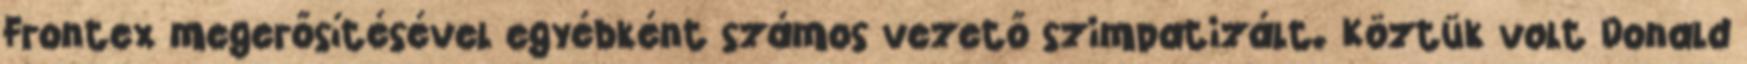
Frontex megerősítésével egyébként számos vezető szimpatizált. Köztük volt Donald